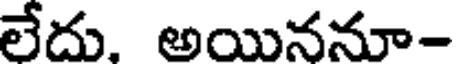
లేదు. అయిననూ-